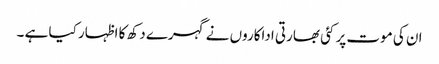
ان کی موت پر کئی بھارتی اداکاروں نے گہرے دکھ کا اظہار کیا ہے ۔